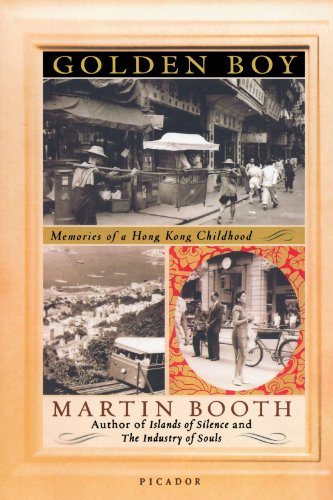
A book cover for Golden Boy: Memories of a Hong Kong Childhood; Martin Booth; Biographies & Memoirs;